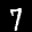
Label: 7